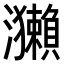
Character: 𤅂